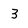
Character: 3